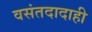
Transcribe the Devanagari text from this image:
वसंतदादाही